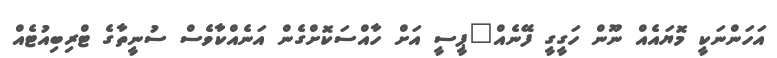
އަހަންނަކީ މޮޔައެއް ނޫން ހަގީގީ ފޭނެއް"ޕީސީ އަށް ހާއްސަކޮށްގެން އަނެއްކާވެސް ސުނީތާގެ ޓްރިބިއުޓެއް